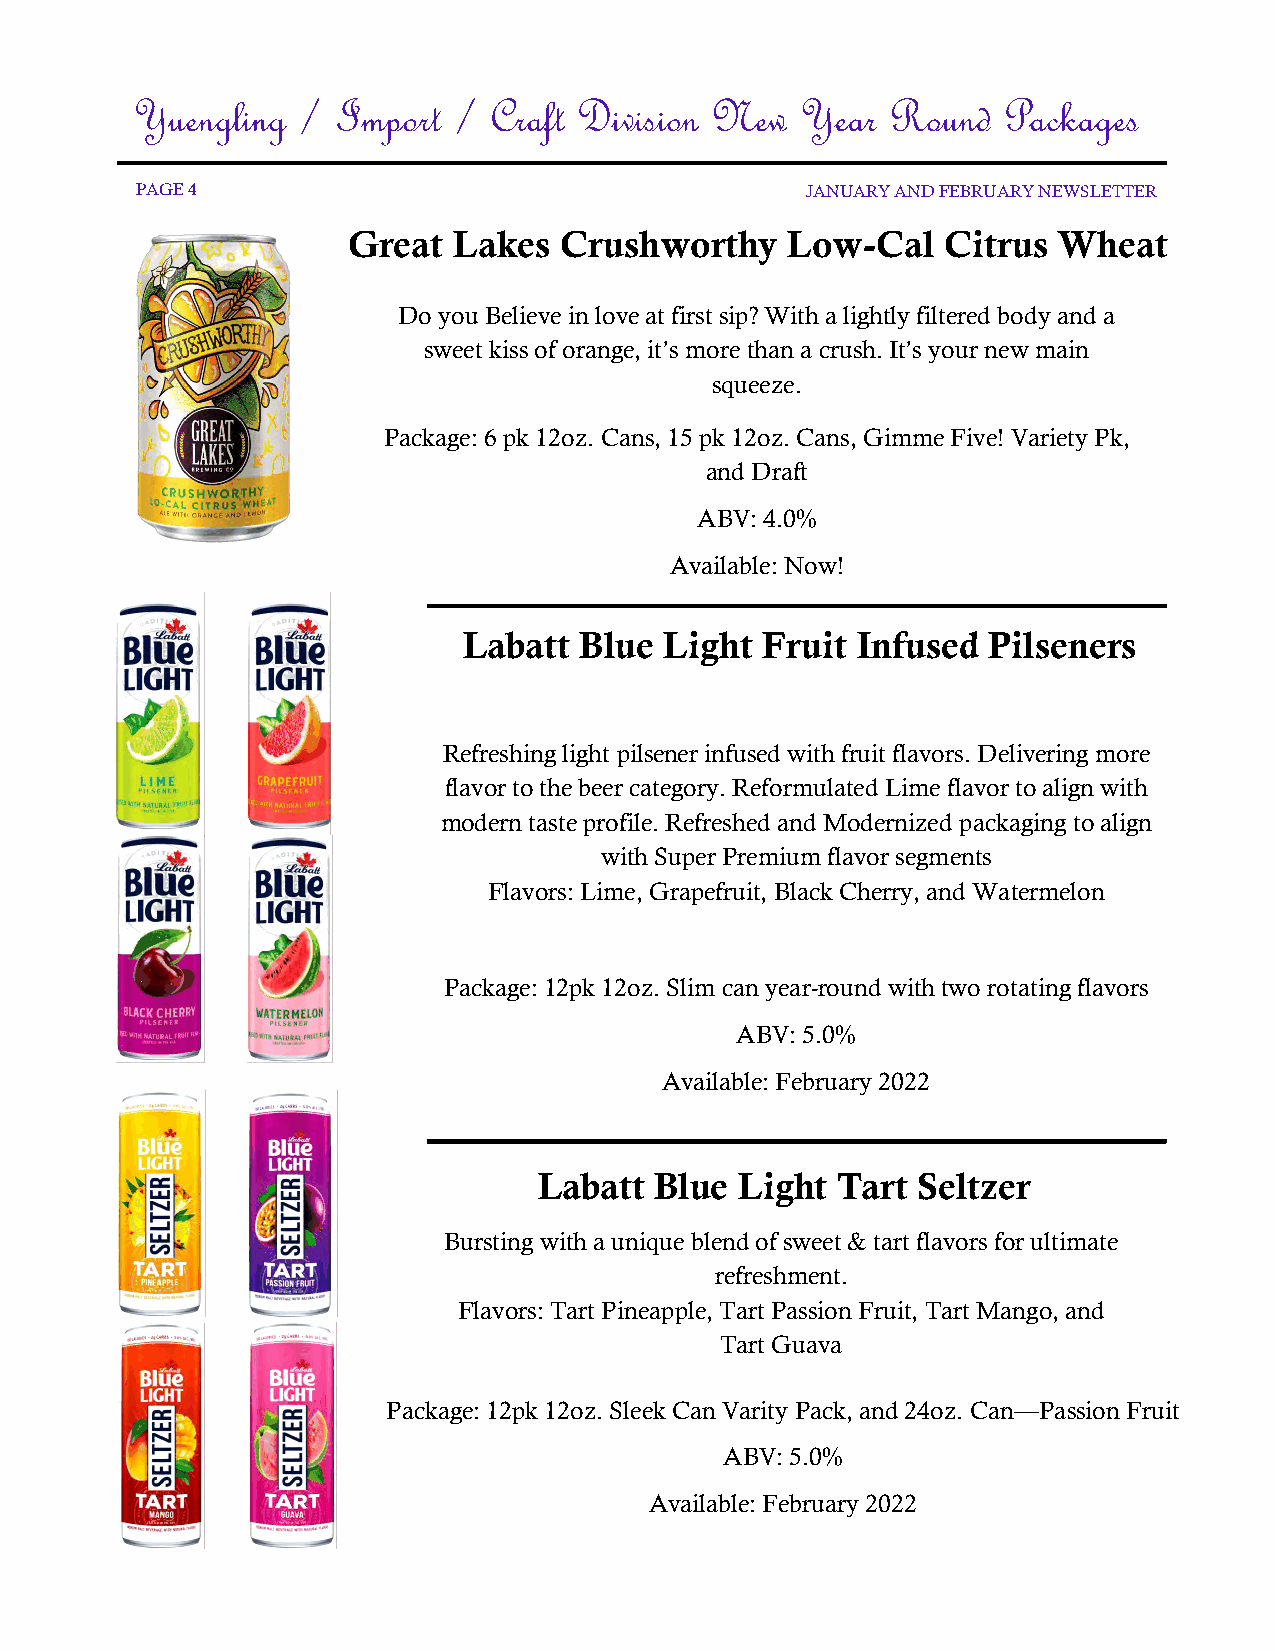
Yuengling  / Import  / Craft Division New   Year  Round  Packages
 PAGE 4                                      JANUARY AND FEBRUARY NEWSLETTER
 Great  Lakes  Crushworthy    Low-Cal    Citrus Wheat
 Do you Believe in love at first sip? With a lightly filtered body and a
 sweet kiss of orange, it’s more than a crush. It’s your new main
 squeeze.
 Package: 6 pk 12oz. Cans, 15 pk 12oz. Cans, Gimme Five! Variety Pk,
 and Draft
 ABV: 4.0%
 Available: Now!
 Labatt Blue  Light  Fruit Infused Pilseners
 Refreshing light pilsener infused with fruit flavors. Delivering more
 flavor to the beer category. Reformulated Lime flavor to align with
 modern taste profile. Refreshed and Modernized packaging to align
 with Super Premium flavor segments
 Flavors: Lime, Grapefruit, Black Cherry, and Watermelon
 Package: 12pk 12oz. Slim can year-round with two rotating flavors
 ABV: 5.0%
 Available: February 2022
 Labatt Blue  Light Tart  Seltzer
 Bursting with a unique blend of sweet & tart flavors for ultimate
 refreshment.
 Flavors: Tart Pineapple, Tart Passion Fruit, Tart Mango, and
 Tart Guava
 Package: 12pk 12oz. Sleek Can Varity Pack, and 24oz. Can—Passion Fruit
 ABV: 5.0%
 Available: February 2022